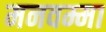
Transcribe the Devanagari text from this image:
मनवम्मा